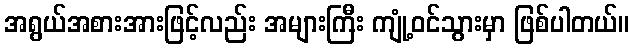
အရွယ်အစားအားဖြင့်လည်း အများကြီး ကျုံ့ဝင်သွားမှာ ဖြစ်ပါတယ်။